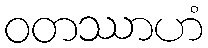
ဝတဿာဟံ